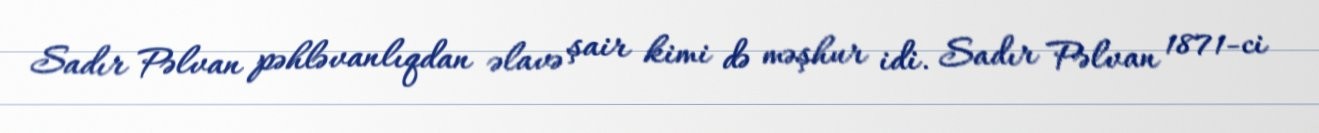
Sadır Pəlvan pəhləvanlıqdan əlavə şair kimi də məşhur idi. Sadır Pəlvan 1871-ci